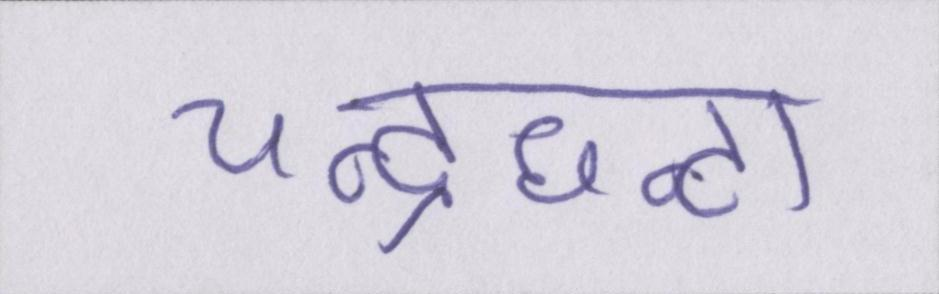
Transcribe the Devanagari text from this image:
चन्द्रघन्टा